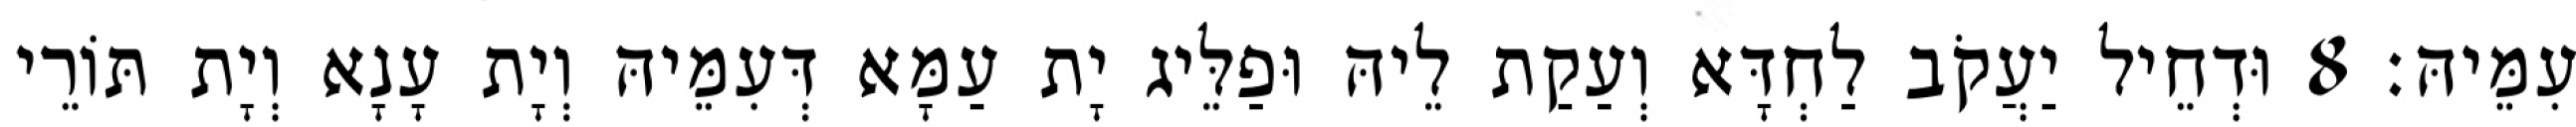
עִמֵּיהּ׃ 8 וּדְחֵיל יַעֲקֹב לַחְדָּא וְעַקַת לֵיהּ וּפַלֵּיג יָת עַמָּא דְּעִמֵּיהּ וְיָת עָנָא וְיָת תּוֹרֵי